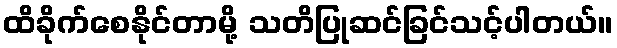
ထိခိုက်စေနိုင်တာမို့ သတိပြုဆင်ခြင်သင့်ပါတယ်။